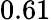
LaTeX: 0.61